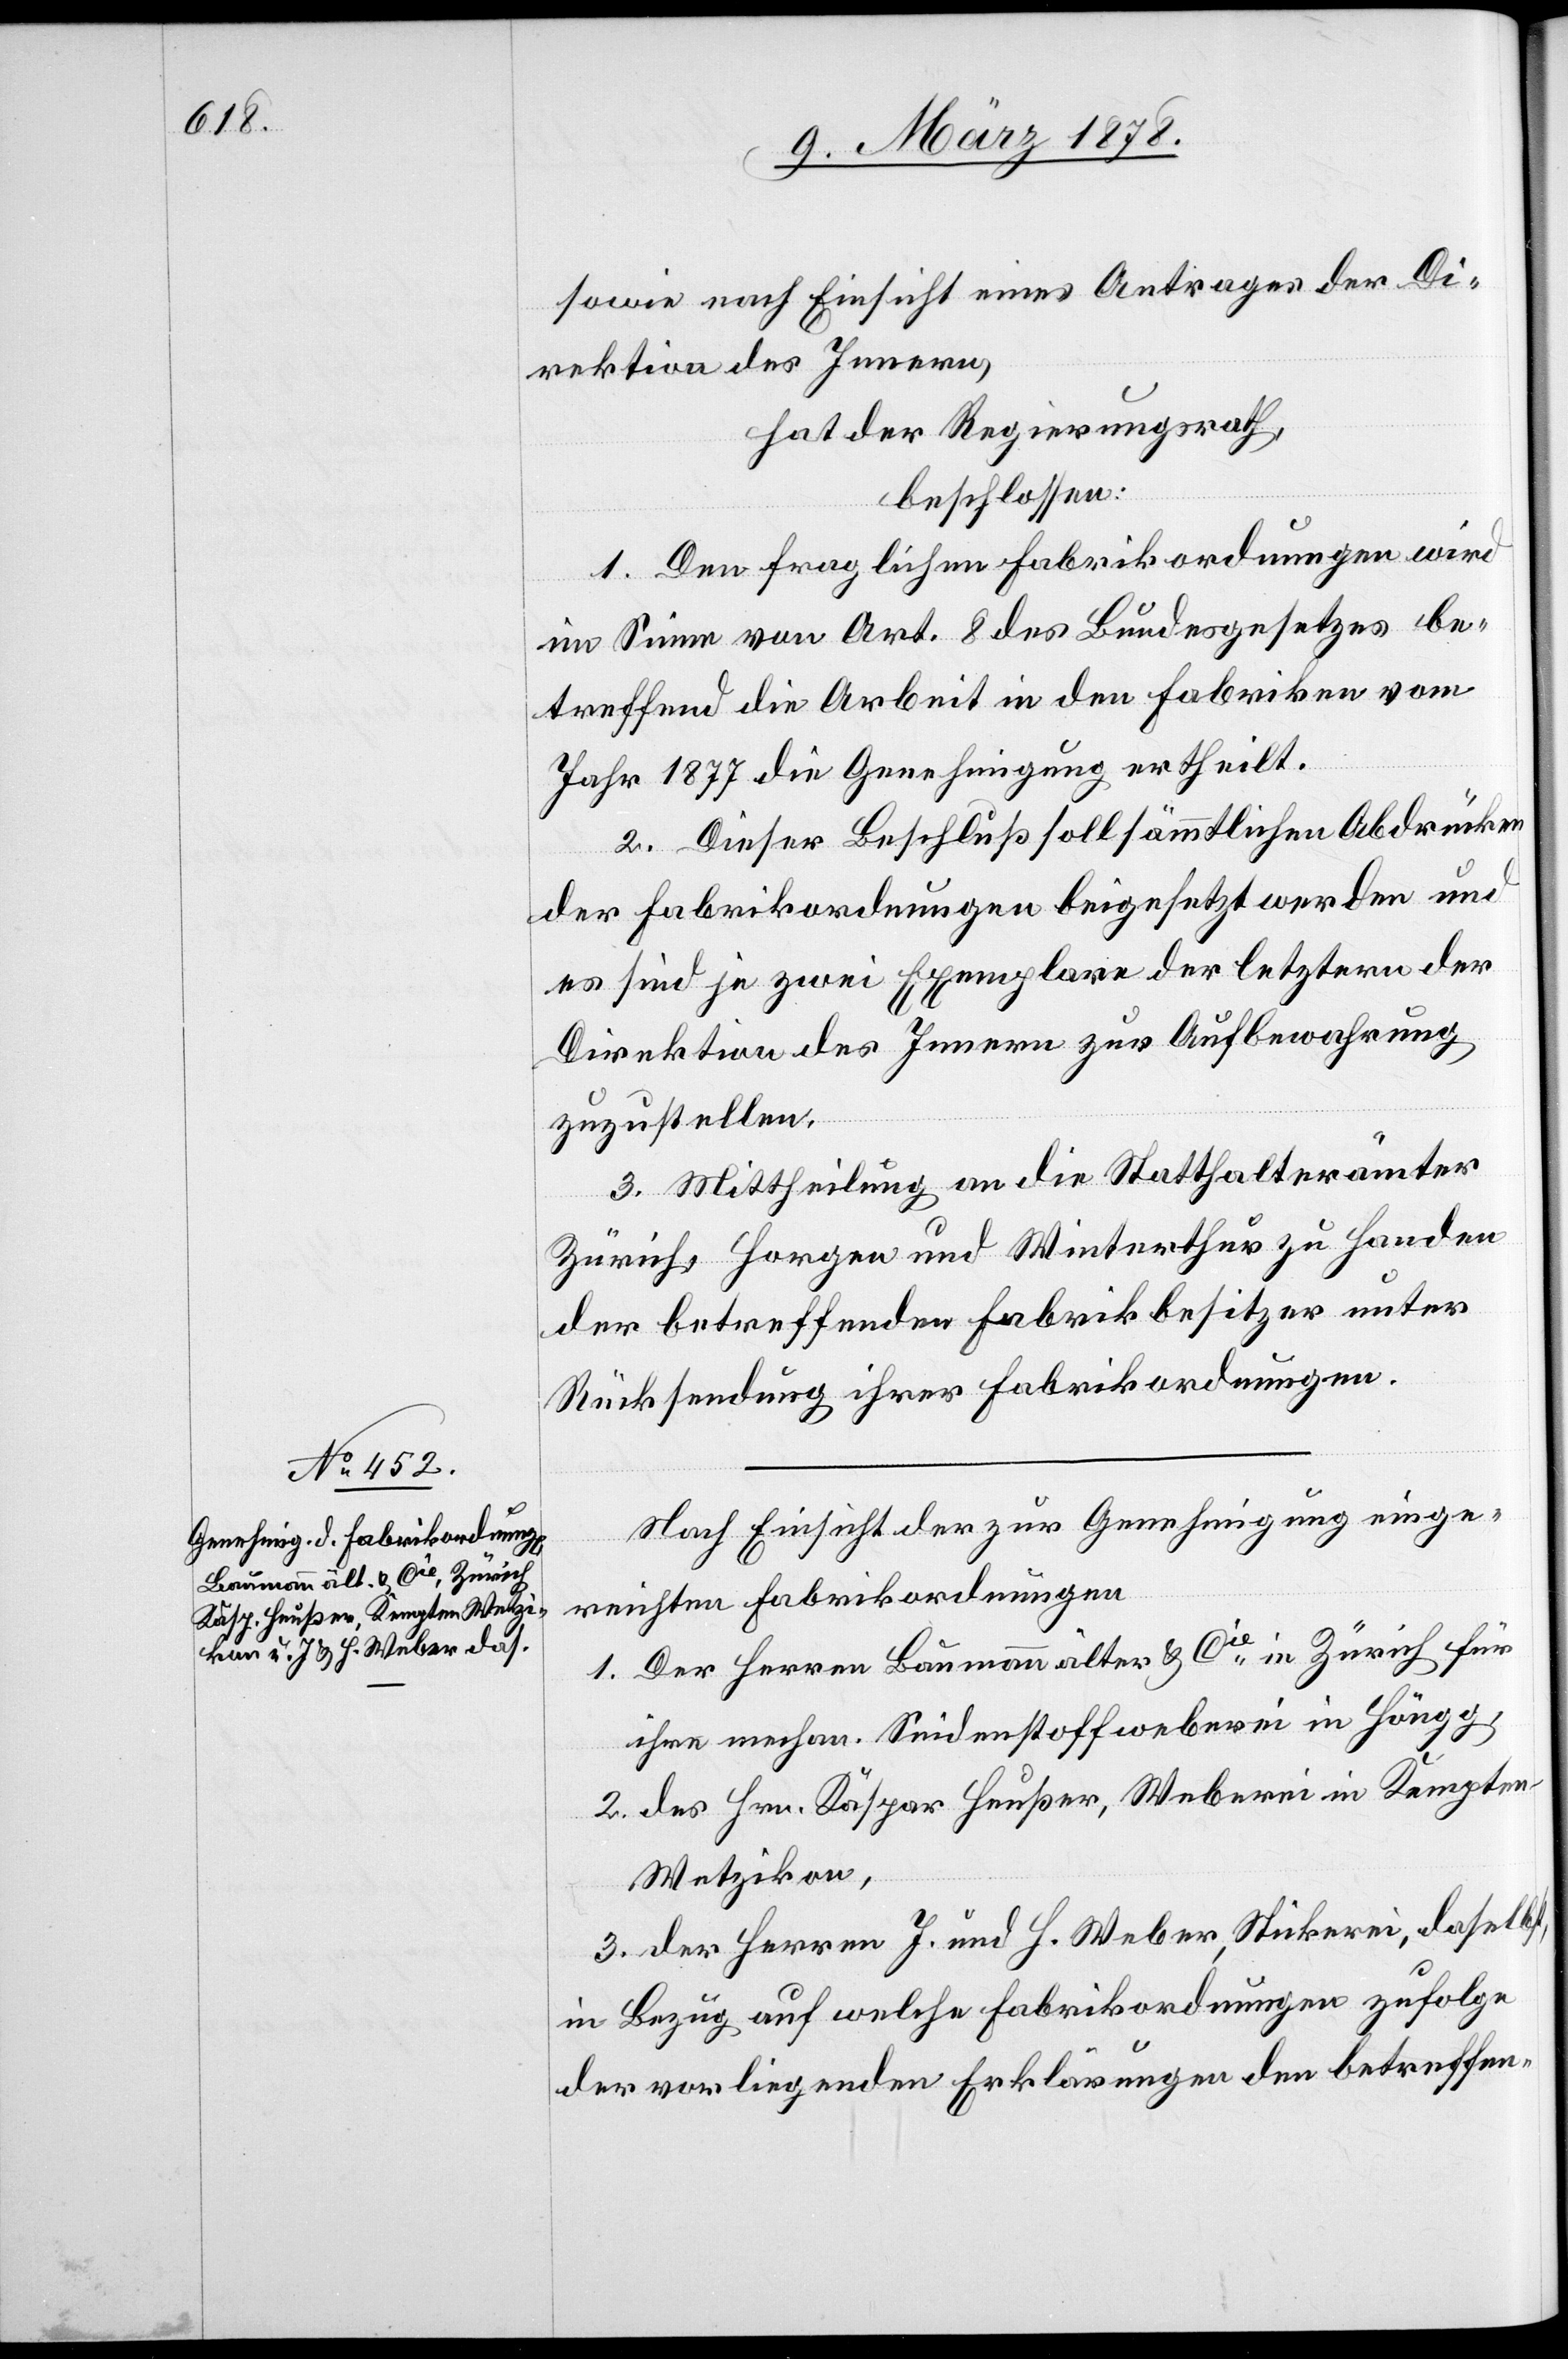
sowie nach Einsicht eines Antrages der Di¬
rektion des Innern,
hat der Regierungsrath
beschlossen:
1. Den fraglichen Fabrikordnungen wird
im Sinne von Art. 8 des Bundesgesetzes be¬
treffend die Arbeit in den Fabriken vom
Jahr 1877 die Genehmigung ertheilt.
2. Dieser Beschluß soll sämmtlichen Abdrücken
der Fabrikordnungen beigesetzt werden und
es sind je zwei Exemplare der letztern der
Direktion des Innern zur Aufbewahrung
zuzustellen.
3. Mittheilung an die Statthalterämter
Zürich, Horgen und Winterthur zu Handen
der betreffenden Fabrikbesitzer unter
Rücksendung ihrer Fabrikordnungen.
Nach Einsicht der zur Genehmigung einge¬
reichten Fabrikordnungen
1. Der Herren Baumann älter & Cie in Zürich für
ihre mechan. Seidenstoffweberei in Höngg,
2. des Hrn. Käspar Heußer, Weberei in Kempten
Wetzikon,
3. der Herren J. und H. Weber, Stickerei, daselbst,
in Bezug auf welche Fabrikordnungen zufolge
der vorliegenden Erklärungen den betreffen-